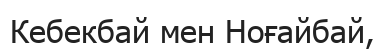
Кебекбай мен Ноғайбай,